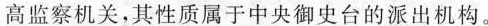
高监察机关，其性质属于中央御史台的派出机构。